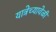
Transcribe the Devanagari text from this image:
यात्रेच्यावेळी